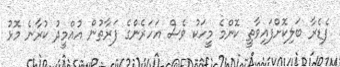
ފެޑެރާ ބަލިކޮށްފައިވާތީ ކޮންމެ މީހަކު ވެސް އަހަރެންގެ ފަރާތުން އުއްމީދު ކުރާނެ މޮޅު